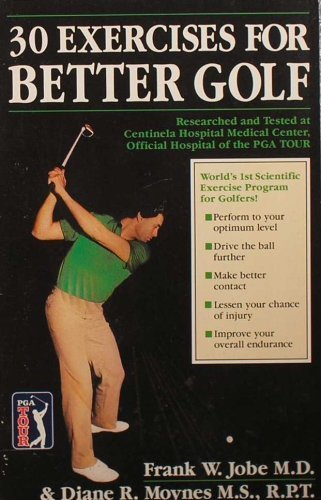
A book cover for Thirty Exercises for Better Golf; Frank W. Jobe; Sports & Outdoors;